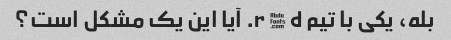
بله، یکی با تیم r $ d. آیا این یک مشکل است؟